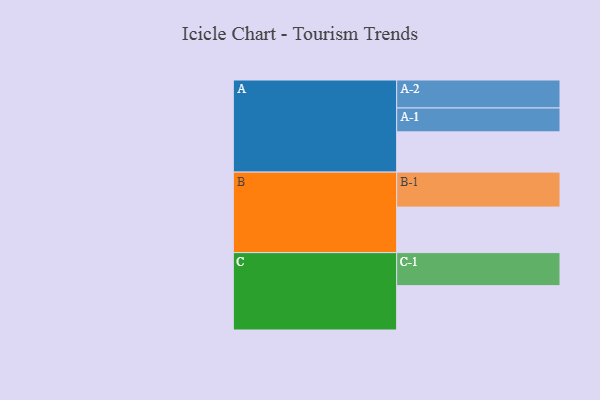
{"axis": {"x": "Segment", "y": "Value"}, "legend": ["", "A", "B", "C"], "data": [{"x": "A", "y": 344, "type": ""}, {"x": "B", "y": 389, "type": ""}, {"x": "C", "y": 379, "type": ""}, {"x": "A-1", "y": 204, "type": "A"}, {"x": "A-2", "y": 239, "type": "A"}, {"x": "B-1", "y": 299, "type": "B"}, {"x": "C-1", "y": 282, "type": "C"}]}